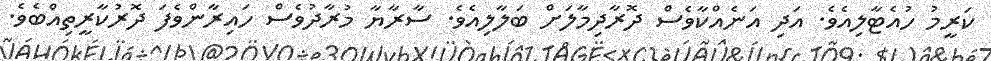
ކަރީމު ހުއެޓާލިއެވެ. އަދި އަނެއްކާވެސް ދޮރާދިމާލަށް ބަލާލިއެވެ. ސާރާޔާ މުރާދުވެސް ހައިރާންވެފަ ދޮރުކާރީތިއްބެވެ.